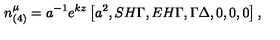
n _ { ( 4 ) } ^ { \mu } = a ^ { - 1 } e ^ { k z } \left[ a ^ { 2 } , S H { \Gamma } , E H { \Gamma } , \Gamma \Delta , 0 , 0 , 0 \right] ,